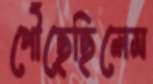
পৌঁছেছিলেম